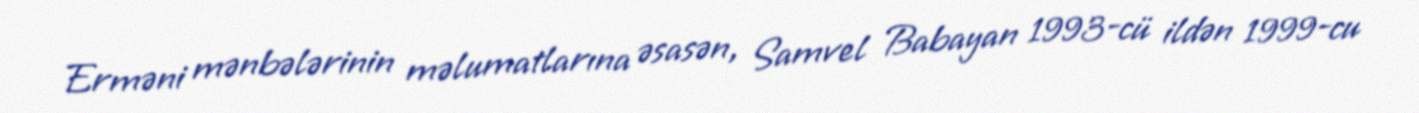
Erməni mənbələrinin məlumatlarına əsasən, Samvel Babayan 1993-cü ildən 1999-cu